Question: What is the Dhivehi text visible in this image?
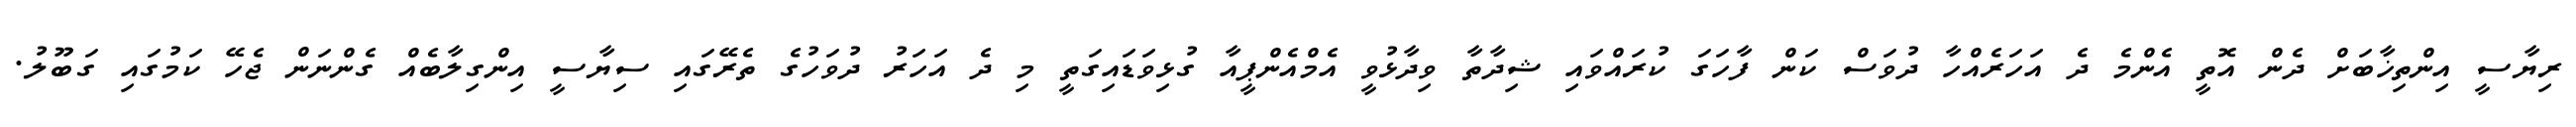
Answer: ރިޔާސީ އިންތިޚާބަށް ދެން އޮތީ އެންމެ ދެ އަހަރެއްހާ ދުވަސް ކަން ފާހަގަ ކުރައްވައި ޝިދާތާ ވިދާޅުވީ އެމްއެންޕީއާ ގުޅިވަޑައިގަތީ މި ދެ އަހަރު ދުވަހުގެ ތެރޭގައި ސިޔާސީ އިންގިލާބެއް ގެންނަން ޖެހޭ ކަމުގައި ގަބޫލު.